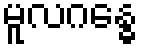
မူလဂန္ဓေ